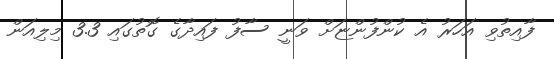
ފާއިތުވި އަހަރު އެ ކުންފުންޏަށް ވަނީ ސާފު ފައިދާގެ ގޮތުގައި 3.3 މިލިއަން